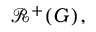
{ \mathcal { R } } ^ { + } ( G ) ,